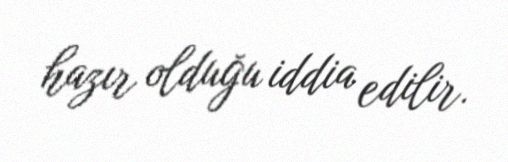
hazır olduğu iddia edilir.